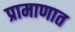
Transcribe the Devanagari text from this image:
प्रामाणात